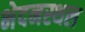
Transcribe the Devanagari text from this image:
भेदनस्थल